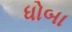
ધોબા